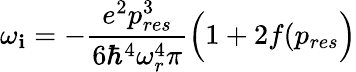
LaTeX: \omega_{\mathbf{i}}=-\frac{{e^{2}p_{res}^{3}}}{{6\hbar^{4}\omega_{r}^{4}\pi}}\Big(1+2f(p_{res}\Big)